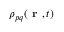
\rho _ { p q } \! \left( \textbf { r } , t \right)